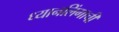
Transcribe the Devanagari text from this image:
ध्यानलिंगाची